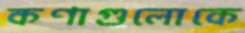
কণাগুলোকে